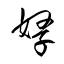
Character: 孥